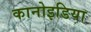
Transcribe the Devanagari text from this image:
कानोइडिया